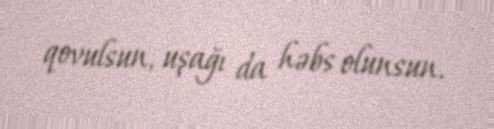
qovulsun, uşağı da həbs olunsun.